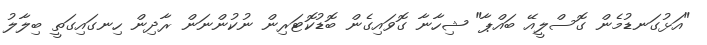
"އަޅުގަނޑުމެން ގޮސްލީއޭ ބައްޕާ" ޝިހާނާ ގޮވައިގެން ބޮޑުކޮޓަރިން ނުކުންނަން ރާދިން ހިނގައިގަތީ ބިލާލު